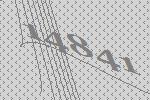
14841